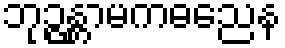
ဘုဉ္ဇန္တာမကဓညေန